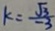
k = \frac { \sqrt { 3 } } { - 3 }